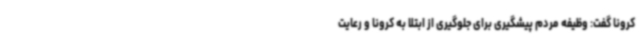
کرونا گفت: وظیفه مردم پیشگیری برای جلوگیری از ابتلا به کرونا و رعایت